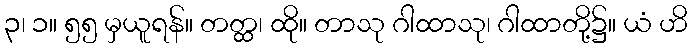
၃၊ ၁။ ၅၅ မှယူရန်။ တတ္ထ၊ ထို။ တာသု ဂါထာသု၊ ဂါထာတို့၌။ ယံ ဟိ